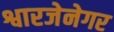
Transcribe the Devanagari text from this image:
श्वारजेनेगर